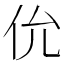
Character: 𫢎